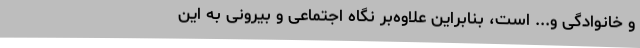
و خانوادگی و... است، بنابراین علاوه‌بر نگاه اجتماعی و بیرونی به این